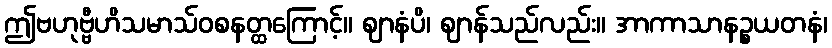
ဤဗဟုဗ္ဗီဟိသမာသ်ဝစနတ္ထကြောင့်။ ဈာနံပိ၊ ဈာန်သည်လည်း။ အာကာသာနဉ္စယတနံ၊